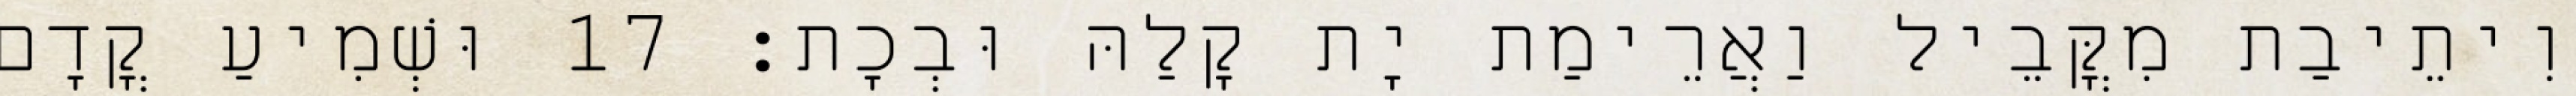
וִיתֵיבַת מִקֳּבֵיל וַאֲרֵימַת יָת קָלַהּ וּבְכָת׃ 17 וּשְׁמִיעַ קֳדָם